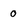
Character: 0